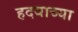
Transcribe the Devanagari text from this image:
हदयाच्या